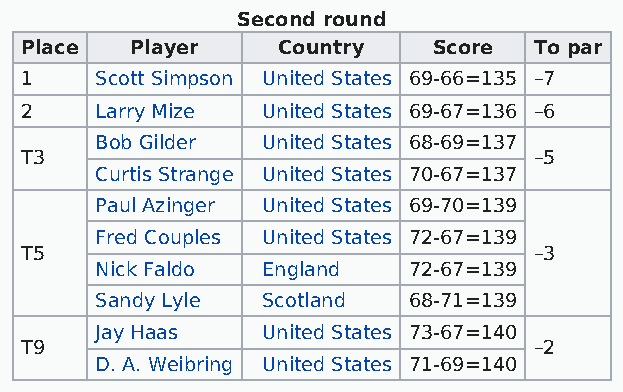
Second round
 Place   Player   Country    Score To par
 1    Scott Simpson United States 69-66=135 –7
 2    Larry Mize United States 69-67=136 –6
 Bob Gilder United States 68-69=137
 T3                                –5
 Curtis Strange United States 70-67=137
 Paul Azinger United States 69-70=139
 Fred Couples United States 72-67=139
 T5                                –3
 Nick Faldo England   72-67=139
 Sandy Lyle Scotland  68-71=139
 Jay Haas   United States 73-67=140
 T9                                –2
 D. A. Weibring United States 71-69=140